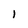
Character: l